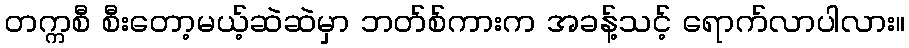
တက္ကစီ စီးတော့မယ့်ဆဲဆဲမှာ ဘတ်စ်ကားက အခန့်သင့် ရောက်လာပါလား။